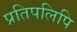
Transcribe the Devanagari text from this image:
प्रतिपलिपि